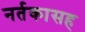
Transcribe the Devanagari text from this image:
नर्तकासह